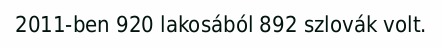
2011-ben 920 lakosából 892 szlovák volt.